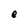
Character: e